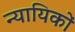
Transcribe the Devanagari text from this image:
न्यायिकों